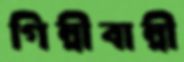
গিন্নীবান্নী